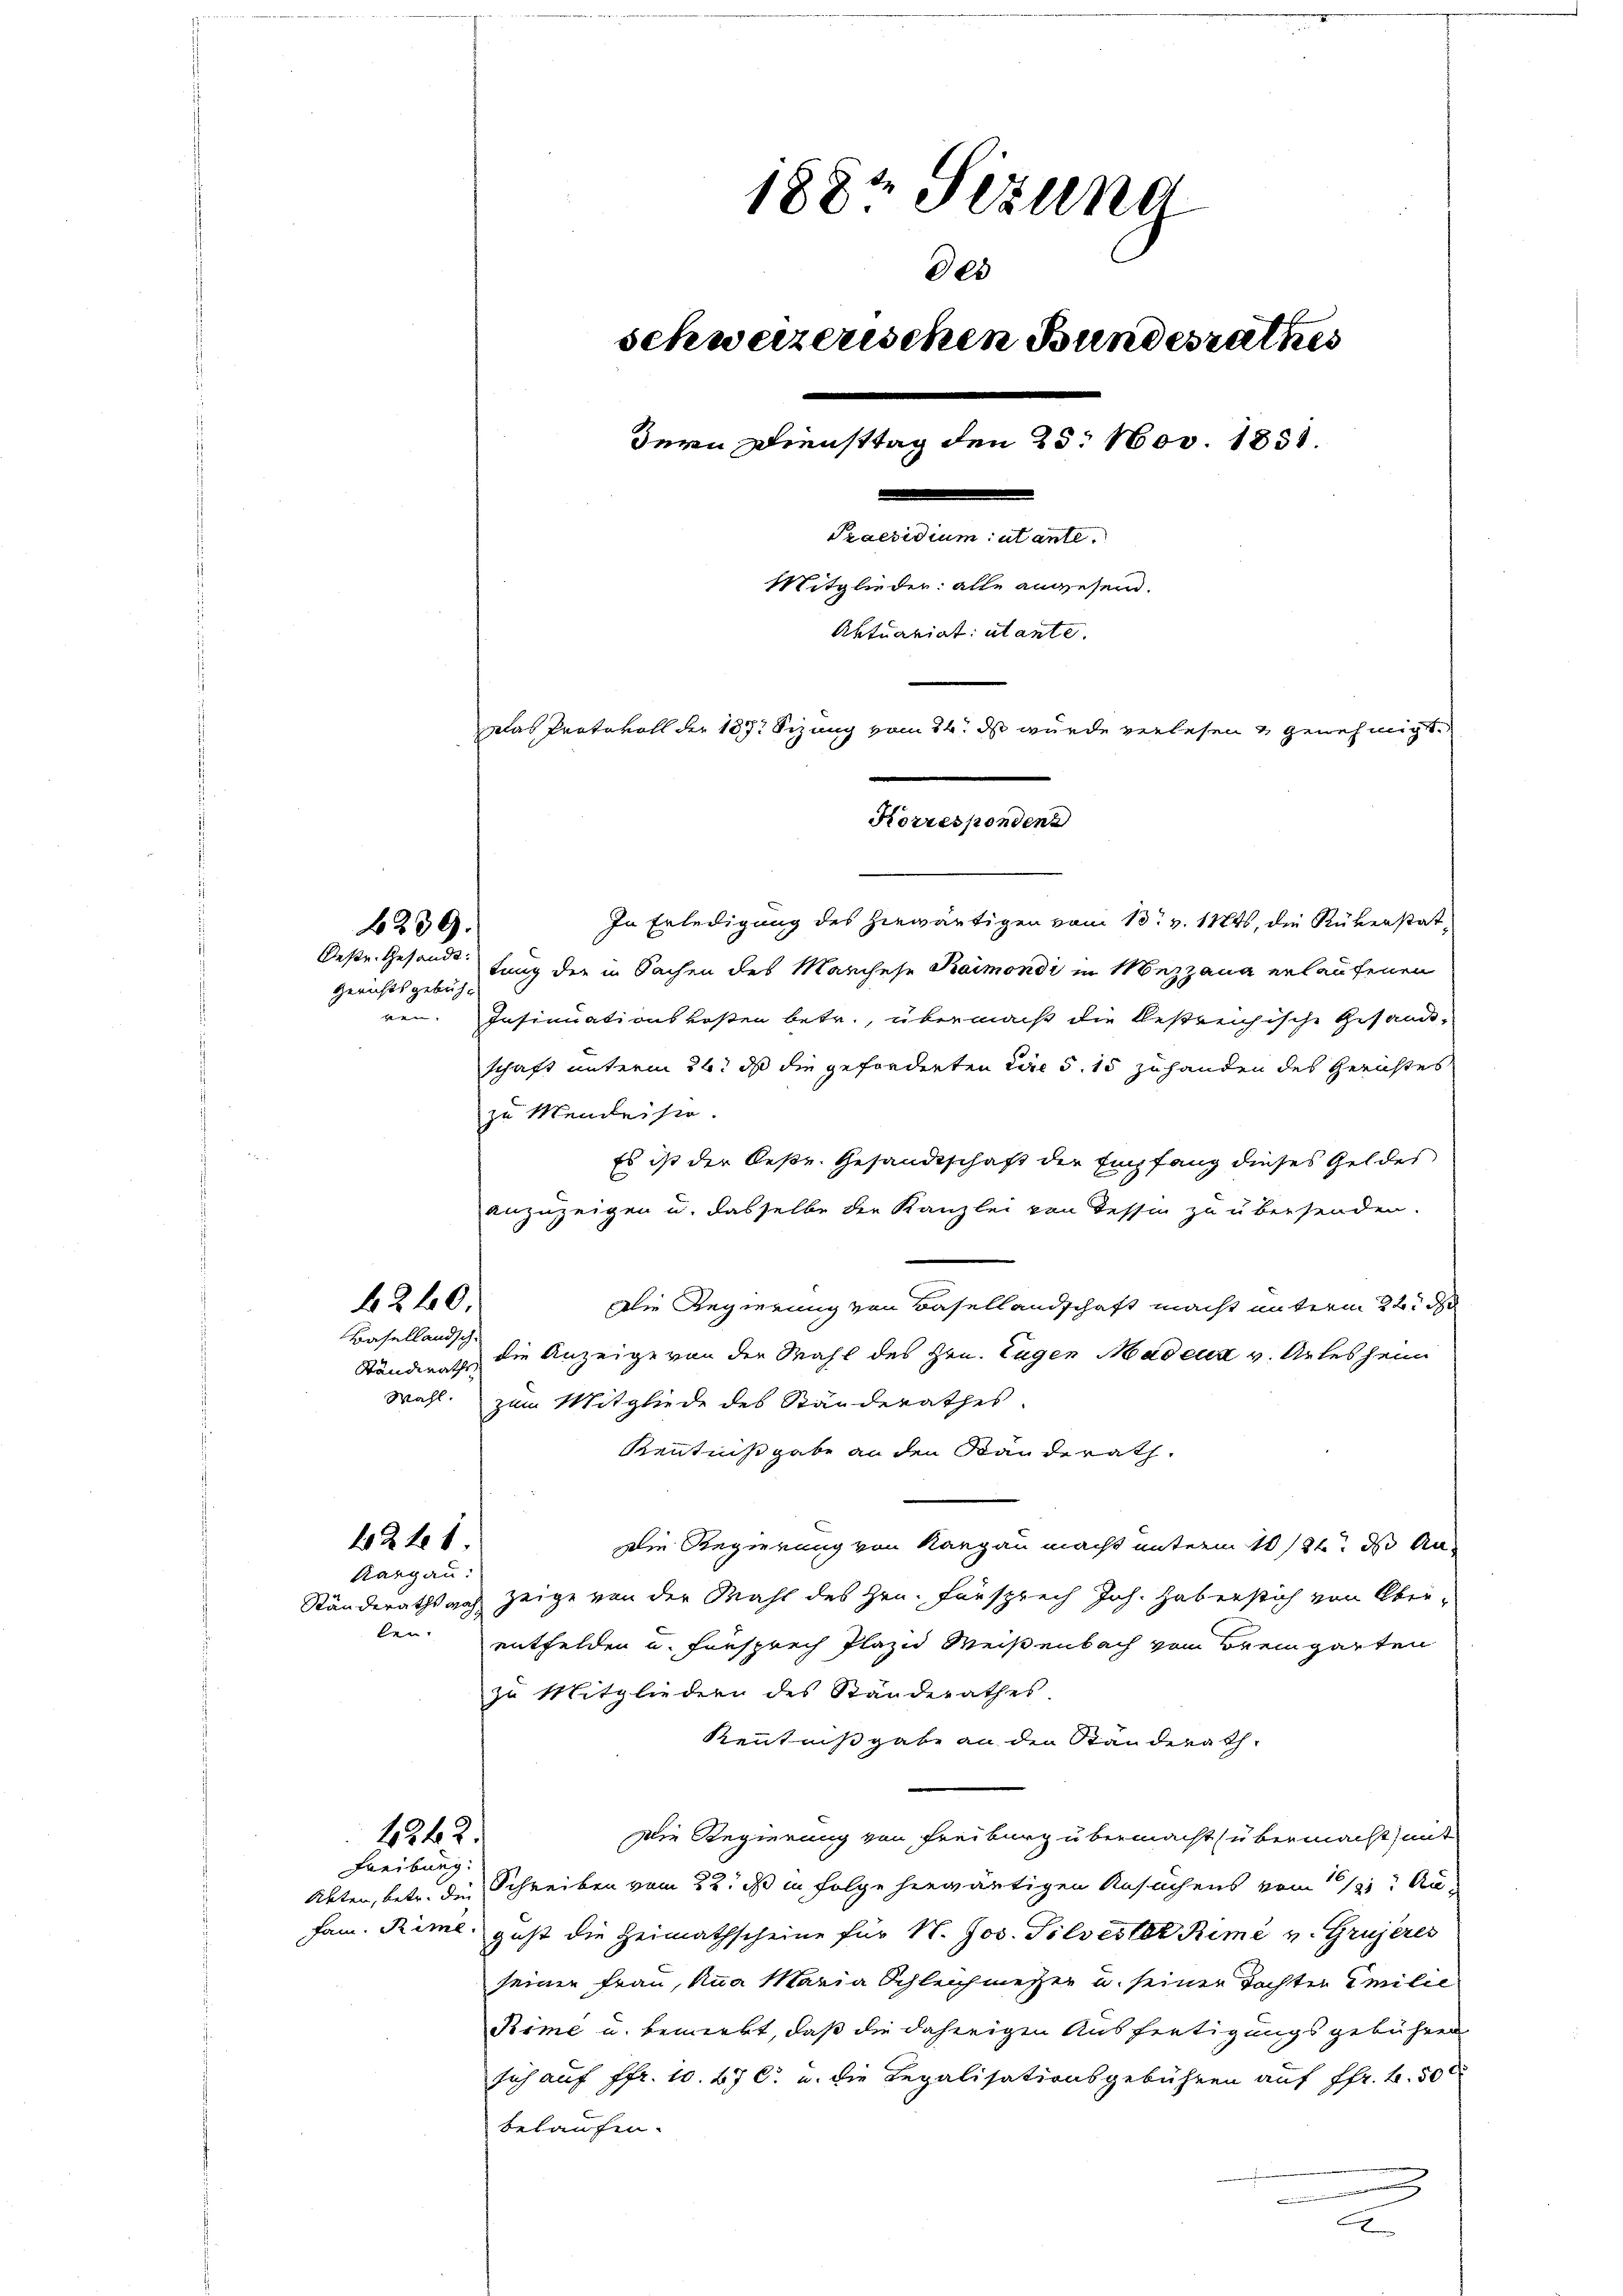
1882 Sezung
des
schweizerischen Bundesrathes
dern Diensttag den 25. Nov. 1851.
Praesidium utante
Mitglieder: alle anwesen.
Aktuariat: utante.
Das Protokoll der 1817 Sizung vom 14. ds wurde verlesen & genehmigt.
Korrespondens

In Erledigung des hiewärtigen vom 13. v. 11845, die Rükerstattung der in Sachen des Manchese Kaimondi in Mezzana erlaufenen
Insinuationskosten betr., übermacht die bestreichische Gesandt-
schaft unterm 26t ds die geforderten Lire d. 15 zuhanden des Gerichtes
zu Mendeise.
Es ist der lese. Gesandtschaft der Empfang dieses Geldes
anzuzeigen u. dasselbe der Kanzlei von Tessin zu übersenden.
Die Regierung von Basellandschaft macht unterm 22. d
die Anzeige von der Wahl des Hrn. Eugen Madenz v. Arlesheim
Wahl. zum Mitgliede des Ständerathes.
Kenntnißgabe an den Bänderath
Die Regierung von Rangau macht unterm 10. ds An¬
Kargau.
Ständerathsach zeige von der Mahl des Hrn. Fürsprech Joh. Haberstich von Ober-
ben.
entfelden u. Fürsprech Plazid Meisenbach vom Bremgarten
zu Mitgliedern des Ständerathes.
Kenntnißgabe an den Ständerath
Die Regierung von Freiburg übermacht (übermacht, mit
4242.
Freiburg.
Akten, betr. die Schreiben vom 22. ds in Folge herwärtigen Ansuchens vom 16/1. Au¬
Jam. Rimé gust die Heimathscheine für N. Jos. Silvester Rimé v. Grujeres
seinen Frau, Anna Maria Schleichmesser u. seiner Tochten Emilie
Rime u. bemerkt, daß die daherigen Ausfertigungsgebühren
sich auf Pfr. 10. 67 C. u. die Legalisationsgebühren auf Pfr. f. 500
belaufen.

x

6239.

Oeste Gesandt.
Gerichtsgebühun.

240.

Basellandsch
Ständeraths

112 f 1